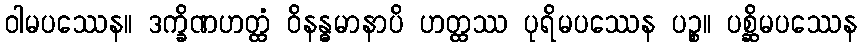
ဝါမပဿေန။ ဒက္ခိဏဟတ္ထံ ဝိနန္ဓမာနာပိ ဟတ္ထဿ ပုရိမပဿေန ပဉ္စ။ ပစ္ဆိမပဿေန